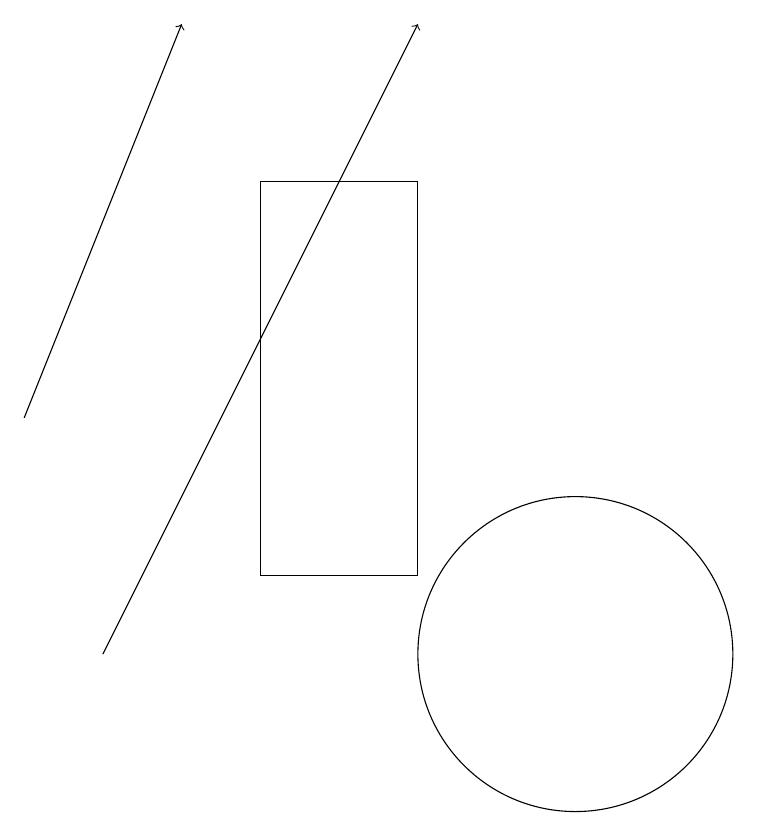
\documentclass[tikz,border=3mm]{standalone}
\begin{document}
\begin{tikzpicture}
\draw[->] (4,11) -- (8,19);
\draw[->] (3,14) -- (5,19);
\draw (8,12) rectangle (6,17);
\draw (10,11) circle (2);
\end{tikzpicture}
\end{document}